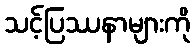
သင့်ပြဿနာများကို